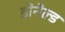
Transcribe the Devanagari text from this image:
डोनेल्ड